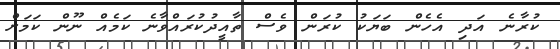
ކުރާނެ އަދި އެހެން ބަޔަކު ކުރަން ވެސް ތާއީދުކުރައްވާނެ ކަމެއް ނޫން ކަމަށް